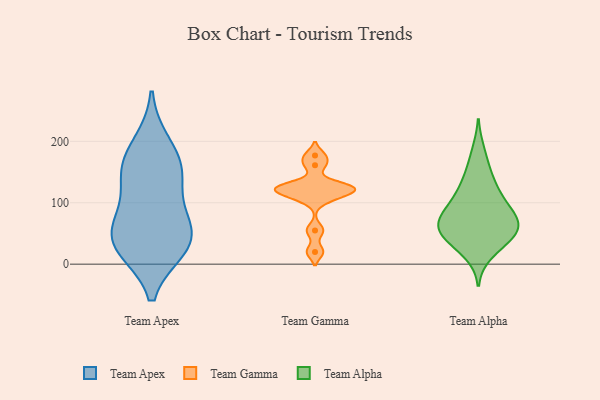
{"axis": {"x": "Active Users", "y": "Value"}, "legend": ["Team Alpha", "Team Apex", "Team Gamma"], "data": [{"x": "", "y": 158, "type": "Team Apex"}, {"x": "", "y": 28, "type": "Team Apex"}, {"x": "", "y": 89, "type": "Team Apex"}, {"x": "", "y": 31, "type": "Team Apex"}, {"x": "", "y": 26, "type": "Team Apex"}, {"x": "", "y": 53, "type": "Team Apex"}, {"x": "", "y": 61, "type": "Team Apex"}, {"x": "", "y": 146, "type": "Team Apex"}, {"x": "", "y": 196, "type": "Team Apex"}, {"x": "", "y": 153, "type": "Team Apex"}, {"x": "", "y": 125, "type": "Team Gamma"}, {"x": "", "y": 55, "type": "Team Gamma"}, {"x": "", "y": 177, "type": "Team Gamma"}, {"x": "", "y": 127, "type": "Team Gamma"}, {"x": "", "y": 120, "type": "Team Gamma"}, {"x": "", "y": 105, "type": "Team Gamma"}, {"x": "", "y": 115, "type": "Team Gamma"}, {"x": "", "y": 126, "type": "Team Gamma"}, {"x": "", "y": 20, "type": "Team Gamma"}, {"x": "", "y": 161, "type": "Team Gamma"}, {"x": "", "y": 31, "type": "Team Alpha"}, {"x": "", "y": 107, "type": "Team Alpha"}, {"x": "", "y": 78, "type": "Team Alpha"}, {"x": "", "y": 48, "type": "Team Alpha"}, {"x": "", "y": 79, "type": "Team Alpha"}, {"x": "", "y": 73, "type": "Team Alpha"}, {"x": "", "y": 138, "type": "Team Alpha"}, {"x": "", "y": 48, "type": "Team Alpha"}, {"x": "", "y": 59, "type": "Team Alpha"}, {"x": "", "y": 79, "type": "Team Alpha"}, {"x": "", "y": 107, "type": "Team Alpha"}, {"x": "", "y": 62, "type": "Team Alpha"}, {"x": "", "y": 17, "type": "Team Alpha"}, {"x": "", "y": 59, "type": "Team Alpha"}, {"x": "", "y": 152, "type": "Team Alpha"}, {"x": "", "y": 41, "type": "Team Alpha"}, {"x": "", "y": 184, "type": "Team Alpha"}, {"x": "", "y": 115, "type": "Team Alpha"}]}